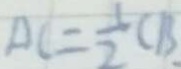
A C = \frac { 1 } { 2 } C B .